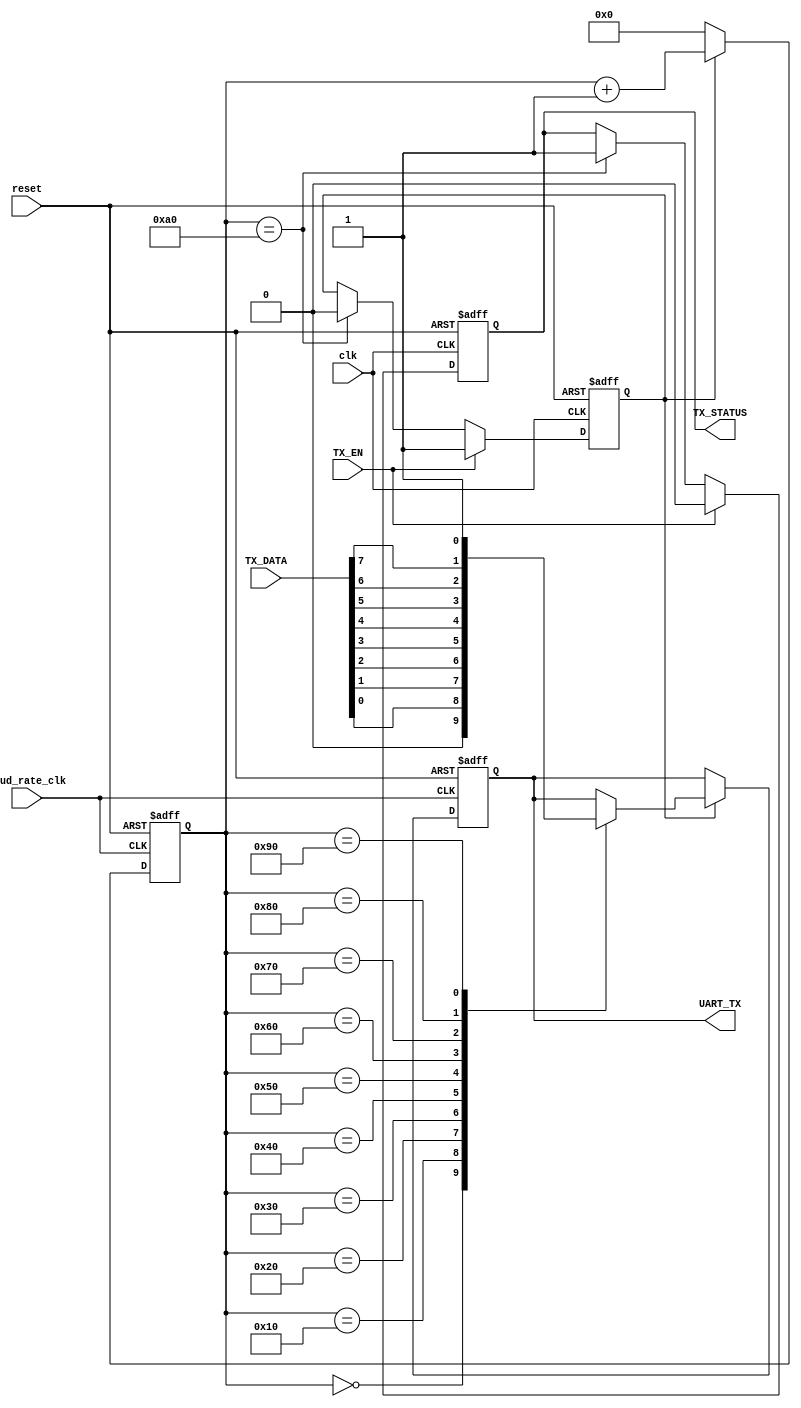
module cpu_UART_S(clk,baud_rate_clk,reset,TX_EN,TX_DATA,TX_STATUS,UART_TX);
  input clk,baud_rate_clk,reset,TX_EN;
  input [7:0] TX_DATA;
  output reg TX_STATUS,UART_TX;
  reg enable;
  reg [7:0] count;
initial
begin
  TX_STATUS<=1;UART_TX<=1;
  enable<=0;count<=8'd0;
end
 always @(posedge clk,negedge reset)
  begin
    if(~reset)
      begin enable<=0;TX_STATUS<=1;end
  else if(TX_EN)
       begin enable<=1;TX_STATUS<=0;end
  else if(count==8'd160) begin enable<=0;TX_STATUS<=1;end
   end
always@(posedge baud_rate_clk,negedge reset)
begin
  if(~reset)
    begin
      count<=8'd0;UART_TX<=1;
    end
   else if(enable)
    begin
     case(count)
       8'd0: begin UART_TX<=0;count<=count+1;end
       8'd16:begin UART_TX<=TX_DATA[0];count<=count+1;end
       8'd32:begin UART_TX<=TX_DATA[1];count<=count+1;end
       8'd48:begin UART_TX<=TX_DATA[2];count<=count+1;end    
       8'd64:begin UART_TX<=TX_DATA[3];count<=count+1;end 
       8'd80:begin UART_TX<=TX_DATA[4];count<=count+1;end  
       8'd96:begin UART_TX<=TX_DATA[5];count<=count+1;end
       8'd112:begin UART_TX<=TX_DATA[6];count<=count+1;end
       8'd128:begin UART_TX<=TX_DATA[7];count<=count+1;end
       8'd144:begin UART_TX<=1;count<=count+1;end
       default: count<=count+1;
    endcase
   end
	else
	count<=8'd0;
end
endmodule